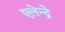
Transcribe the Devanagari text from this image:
एलेन्द्रे